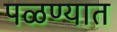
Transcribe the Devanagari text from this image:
पळण्यात